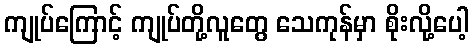
ကျုပ်ကြောင့် ကျုပ်တို့လူတွေ သေကုန်မှာ စိုးလို့ပေါ့